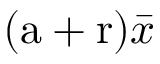
( \mathrm { a } + \mathrm { r } ) \bar { x }